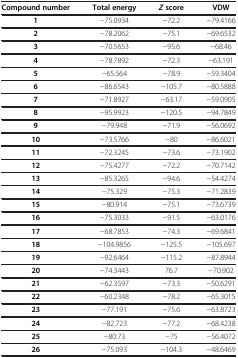
<table><thead><tr><td><b>Compound number</b></td><td><b>Total energy</b></td><td><b><i>Z </i>score</b></td><td><b>VDW</b></td></tr></thead><tbody><tr><td><b>1</b></td><td>−75.0934</td><td>−72.2</td><td>−79.4166</td></tr><tr><td><b>2</b></td><td>−78.2062</td><td>−75.1</td><td>−69.6532</td></tr><tr><td><b>3</b></td><td>−70.5653</td><td>−95.6</td><td>−68.46</td></tr><tr><td><b>4</b></td><td>−78.7892</td><td>−72.3</td><td>−63.191</td></tr><tr><td><b>5</b></td><td>−65.564</td><td>−78.9</td><td>−59.3404</td></tr><tr><td><b>6</b></td><td>−86.6543</td><td>−105.7</td><td>−80.5888</td></tr><tr><td><b>7</b></td><td>−71.8927</td><td>−63.17</td><td>−59.0905</td></tr><tr><td><b>8</b></td><td>−95.9923</td><td>−120.5</td><td>−94.7849</td></tr><tr><td><b>9</b></td><td>−79.948</td><td>−71.9</td><td>−56.0692</td></tr><tr><td><b>10</b></td><td>−73.5766</td><td>−80</td><td>−86.6021</td></tr><tr><td><b>11</b></td><td>−72.3245</td><td>−73.6</td><td>−73.1902</td></tr><tr><td><b>12</b></td><td>−75.4277</td><td>−72.2</td><td>−70.7142</td></tr><tr><td><b>13</b></td><td>−85.3265</td><td>−94.6</td><td>−54.4274</td></tr><tr><td><b>14</b></td><td>−75.329</td><td>−75.3</td><td>−71.2839</td></tr><tr><td><b>15</b></td><td>−80.914</td><td>−75.1</td><td>−73.6739</td></tr><tr><td><b>16</b></td><td>−75.3033</td><td>−91.5</td><td>−63.0176</td></tr><tr><td><b>17</b></td><td>−68.7853</td><td>−74.3</td><td>−69.6841</td></tr><tr><td><b>18</b></td><td>−104.9856</td><td>−125.5</td><td>−105.697</td></tr><tr><td><b>19</b></td><td>−92.6464</td><td>−115.2</td><td>−87.8944</td></tr><tr><td><b>20</b></td><td>−74.3443</td><td>76.7</td><td>−70.902</td></tr><tr><td><b>21</b></td><td>−62.3597</td><td>−73.3</td><td>−50.6291</td></tr><tr><td><b>22</b></td><td>−60.2348</td><td>−78.2</td><td>−65.3015</td></tr><tr><td><b>23</b></td><td>−77.191</td><td>−75.6</td><td>−63.8723</td></tr><tr><td><b>24</b></td><td>−82.723</td><td>−77.2</td><td>−68.4238</td></tr><tr><td><b>25</b></td><td>−80.73</td><td>−75</td><td>−56.4072</td></tr><tr><td><b>26</b></td><td>−75.093</td><td>−104.3</td><td>−48.6469</td></tr></tbody></table>